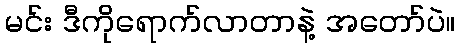
မင်း ဒီကိုရောက်လာတာနဲ့ အတော်ပဲ။